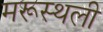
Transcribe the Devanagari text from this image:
मरूस्थली